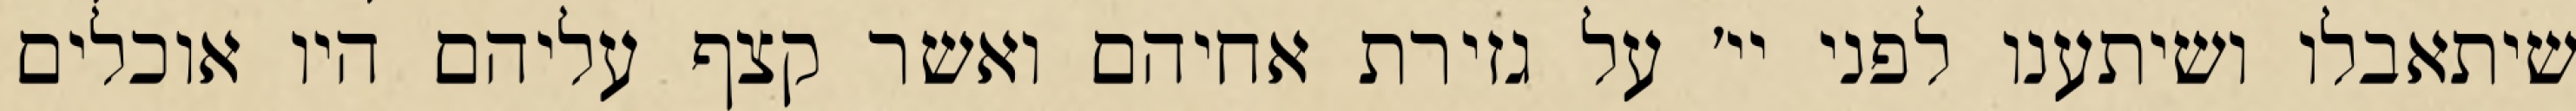
שיתאבלו ושיתענו לפני יי׳ על גזירת אחיהם ואשר קצף עליהם היו אוכלים